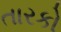
તારકો